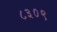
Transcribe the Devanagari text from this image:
८३०९